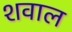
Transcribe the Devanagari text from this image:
शवाल